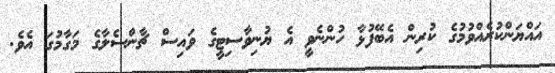
އައްޔަންކުރެއްވުމުގެ ކުރިން އެބޭފުޅާ ހުންނެވީ އެ ޔުނިވާސިޓީގެ ވައިސް ޗާންސެލާގެ މަގާމުގަ އެވެ.